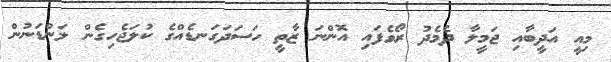
މިއީ އަދީބާއި ޖަމީލާ ދެމެދު ރޯވެފައި އޮންނަ ޒާތީ ހަސަދަގަނޑެއްގެ ކުލަޖެހިގެން ލަންޑަނުން